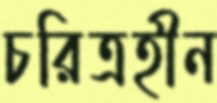
চরিত্রহীন